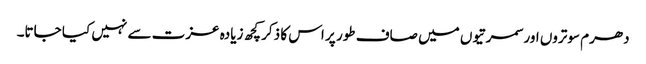
دھرم سوتروں اور سمرتیوں میں صاف طور پر اس کا ذکر کچھ زیادہ عزت سے نہیں کیا جاتا۔